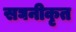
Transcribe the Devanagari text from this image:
सघनीकृत